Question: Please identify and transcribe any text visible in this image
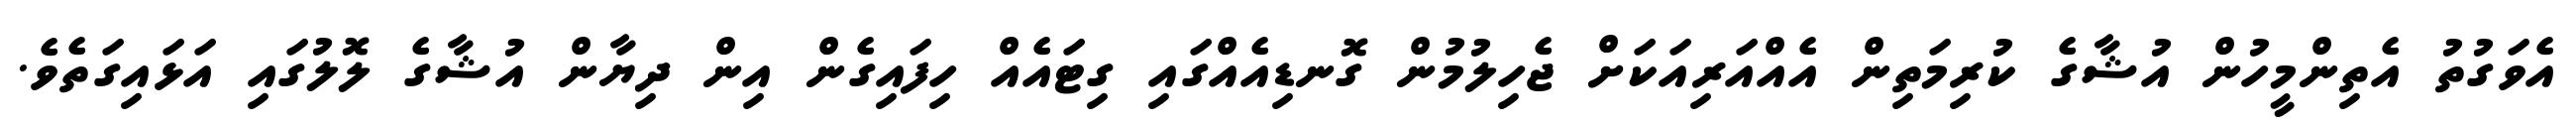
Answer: އެވަގުތު އެތިންމީހުން އުޝާގެ ކުރިމަތިން އެއްއަރިއަކަށް ޖެހިލުމުން ގޮނޑިއެއްގައި ގިޓައެއް ހިފައިގެން އިން ދިޔާން އުޝާގެ ލޮލުގައި އަޅައިގަތެވެ.